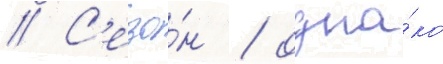
// С'езо́н / одна́ко